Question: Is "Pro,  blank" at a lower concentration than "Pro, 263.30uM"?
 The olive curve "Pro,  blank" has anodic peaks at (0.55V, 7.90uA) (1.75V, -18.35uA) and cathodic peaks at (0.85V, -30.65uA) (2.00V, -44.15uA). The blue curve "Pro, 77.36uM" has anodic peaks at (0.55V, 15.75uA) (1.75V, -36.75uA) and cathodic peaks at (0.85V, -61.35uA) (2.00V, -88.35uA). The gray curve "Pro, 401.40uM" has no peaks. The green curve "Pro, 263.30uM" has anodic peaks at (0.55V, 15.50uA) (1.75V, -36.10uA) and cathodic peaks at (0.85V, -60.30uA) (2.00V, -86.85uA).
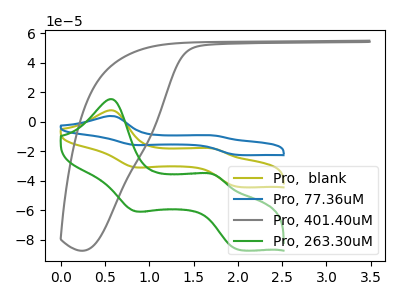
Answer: <think>All the peaks in "Pro, 263.30uM" have a peak in "Pro,  blank" at the same potential.
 </think>
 <answer>I cant tell if "Pro, 263.30uM" or "Pro,  blank" has higher concentration.</answer>
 <eval>mixed_concentration</eval>